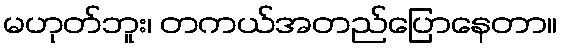
မဟုတ်ဘူး၊ တကယ်အတည်ပြောနေတာ။